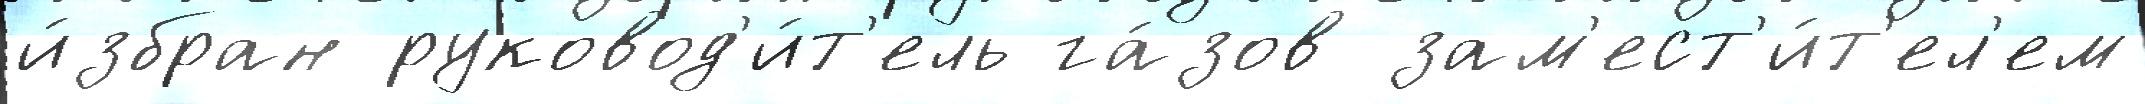
и́збран руковод'и́т'ель га́зов зам'ест'и́т'ел'ем